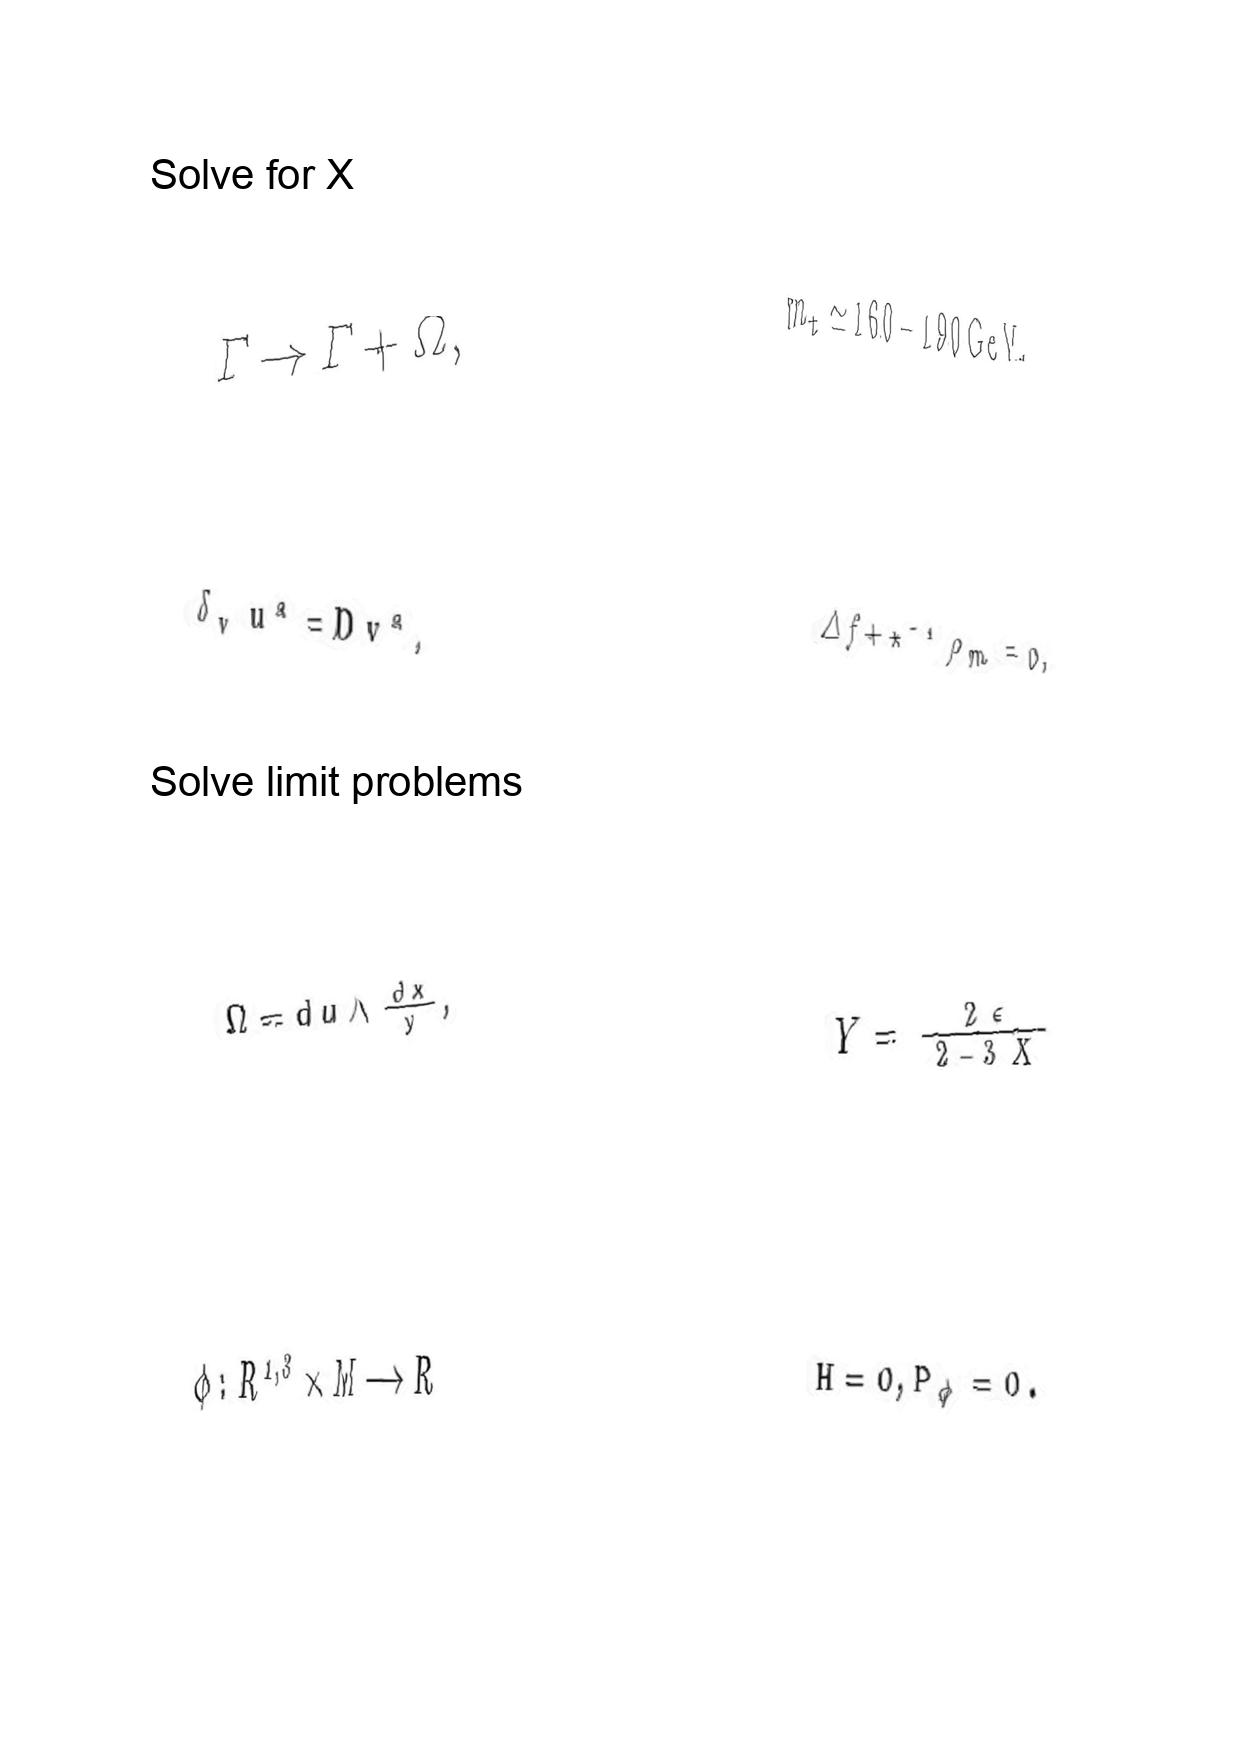
LaTeX transcription:
\Gamma \rightarrow \Gamma + \Omega ,
\delta _ { v } u ^ { a } = D v ^ { a } ,
\Omega = d u \wedge \frac { d x } { y } ,
\phi : R ^ { 1 , 3 } \times M \longrightarrow R
m _ { t } \simeq 1 6 0 - 1 9 0 \mathrm { G e V } ,
\Delta f + \star ^ { - 1 } \rho _ { m } = 0 ,
Y = \frac { 2 \epsilon } { 2 - 3 X }
H = 0 , P _ { \phi } = 0 .